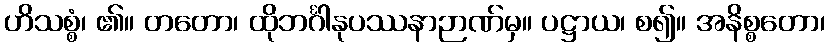
ဟိသစ္စံ၊ ၏။ တတော၊ ထိုဘင်္ဂါနုပဿနာဉာဏ်မှ။ ပဋ္ဌာယ၊ စ၍။ အနိစ္စတော၊